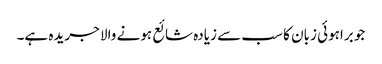
جو براہوئی زبان کا سب سے زیادہ شائع ہونے والا جریدہ ہے۔